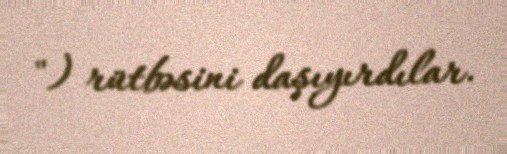
") rütbəsini daşıyırdılar.